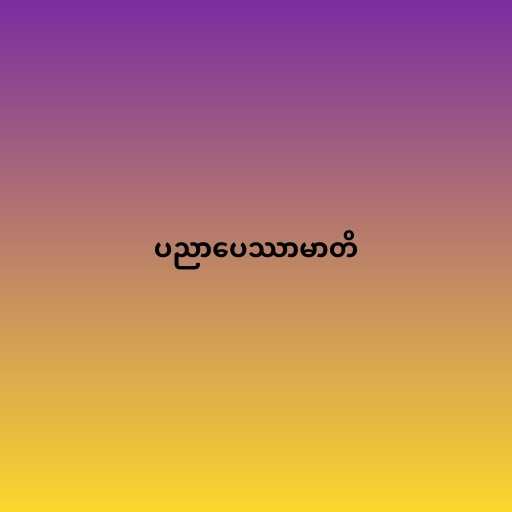
ပညာပေဿာမာတိ